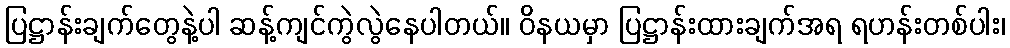
ပြဋ္ဌာန်းချက်တွေနဲ့ပါ ဆန့်ကျင်ကွဲလွဲနေပါတယ်။ ဝိနယမှာ ပြဋ္ဌာန်းထားချက်အရ ရဟန်းတစ်ပါး၊